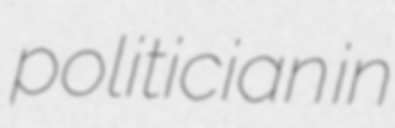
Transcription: politician in